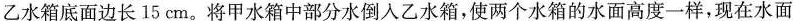
乙水箱底面边长15cm。将甲水箱中部分水倒入乙水箱，使两个水箱的水面高度一样，现在水面